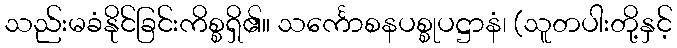
သည်းမခံနိုင်ခြင်းကိစ္စရှိ၏။ သင်္ကောစနပစ္စုပဋ္ဌာနံ၊ (သူတပါးတို့နှင့်